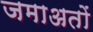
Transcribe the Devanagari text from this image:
जमाअतों